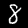
Digit: 8